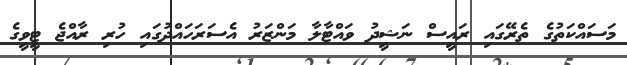
މަސައްކަތުގެ ތެރޭގައި ރައީސް ނަޝީދު ވައްޓާލާ މަންޒަރު އެސަރަހައްދުގައި ހުރި ރާއްޖެ ޓީވީގެ